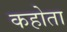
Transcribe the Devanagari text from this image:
कहोता